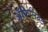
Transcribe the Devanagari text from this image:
अॅफिलियेट